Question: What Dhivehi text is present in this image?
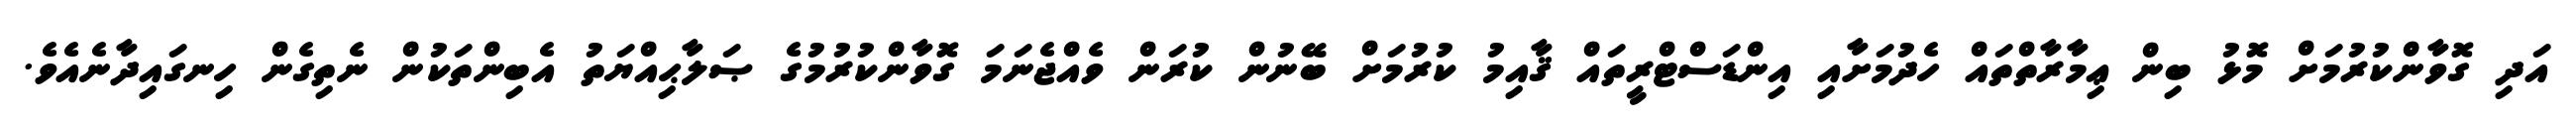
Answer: އަދި ގޮވާންކުރުމަށް މޮޅު ބިން ޢިމާރާތްތައް ހެދުމަށާއި އިންޑަސްޓްރީތައް ޤާއިމު ކުރުމަށް ބޭނުން ކުރަން ވެއްޖެނަމަ ގޮވާންކުރުމުގެ ޞަލާޙިއްޔަތު އެބިންތަކުން ނެތިގެން ހިނގައިދާނެއެވެ.